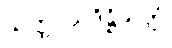
သက္ကာယဒိဋ္ဌိသုတ္တံ